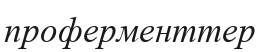
проферменттер